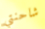
شاحنتي